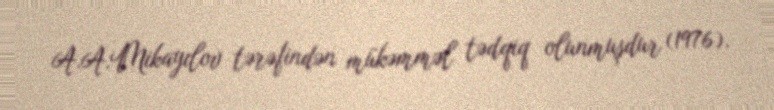
A.A.Mikayılov tərəfindən mükəmməl tədqiq olunmuşdur (1976).